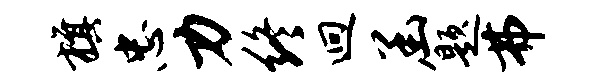
旗忠力终迥函题弗